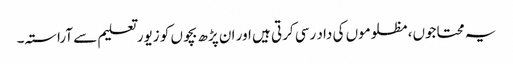
یہ محتاجوں، مظلوموں کی داد رسی کرتی ہیں اور ان پڑھ بچوں کو زیور تعلیم سے آراستہ۔